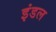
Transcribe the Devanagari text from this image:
इंडल